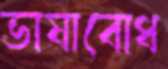
ভাষাবোধ